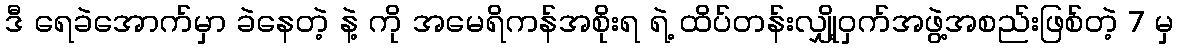
ဒီ ရေခဲအောက်မှာ ခဲနေတဲ့ နဲ့ ကို အမေရိကန်အစိုးရ ရဲ့ ထိပ်တန်းလျှို့ဝှက်အဖွဲ့အစည်းဖြစ်တဲ့ 7 မှ